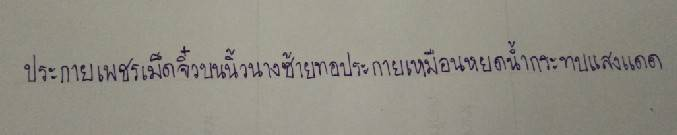
ประกายเพชรเม็ดจิ๋วบนนิ้วนางซ้ายทอประกายเหมือนหยดน้ำกระทบแสงแดด